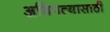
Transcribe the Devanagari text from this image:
अधिपत्यासाठी